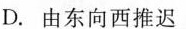
D.由东向西推迟